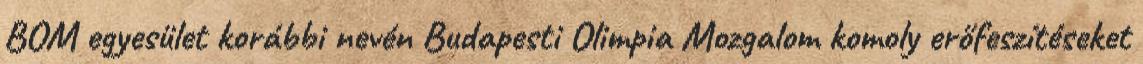
BOM egyesület korábbi nevén Budapesti Olimpia Mozgalom komoly erőfeszítéseket